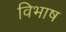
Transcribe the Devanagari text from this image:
विभाष